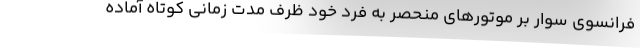
فرانسوی سوار بر موتورهای منحصر به فرد خود ظرف مدت زمانی کوتاه آماده